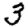
Digit: 3